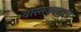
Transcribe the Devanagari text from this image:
वास्तववादाचे